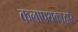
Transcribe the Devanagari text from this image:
कलापथकाद्वारे